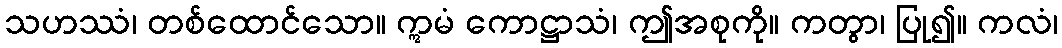
သဟဿံ၊ တစ်ထောင်သော။ ဣမံ ကောဋ္ဌာသံ၊ ဤအစုကို။ ကတွာ၊ ပြု၍။ ကလံ၊